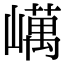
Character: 𡽇